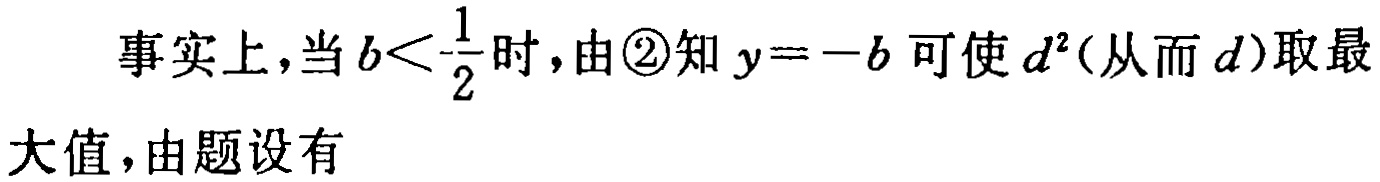
事实上，当\(b<-\frac{1}{2}\)时，由\textcircled{2}知\(y = -b\)可使\(d^{2}\)(从而\(d\))取最大值，由题设有